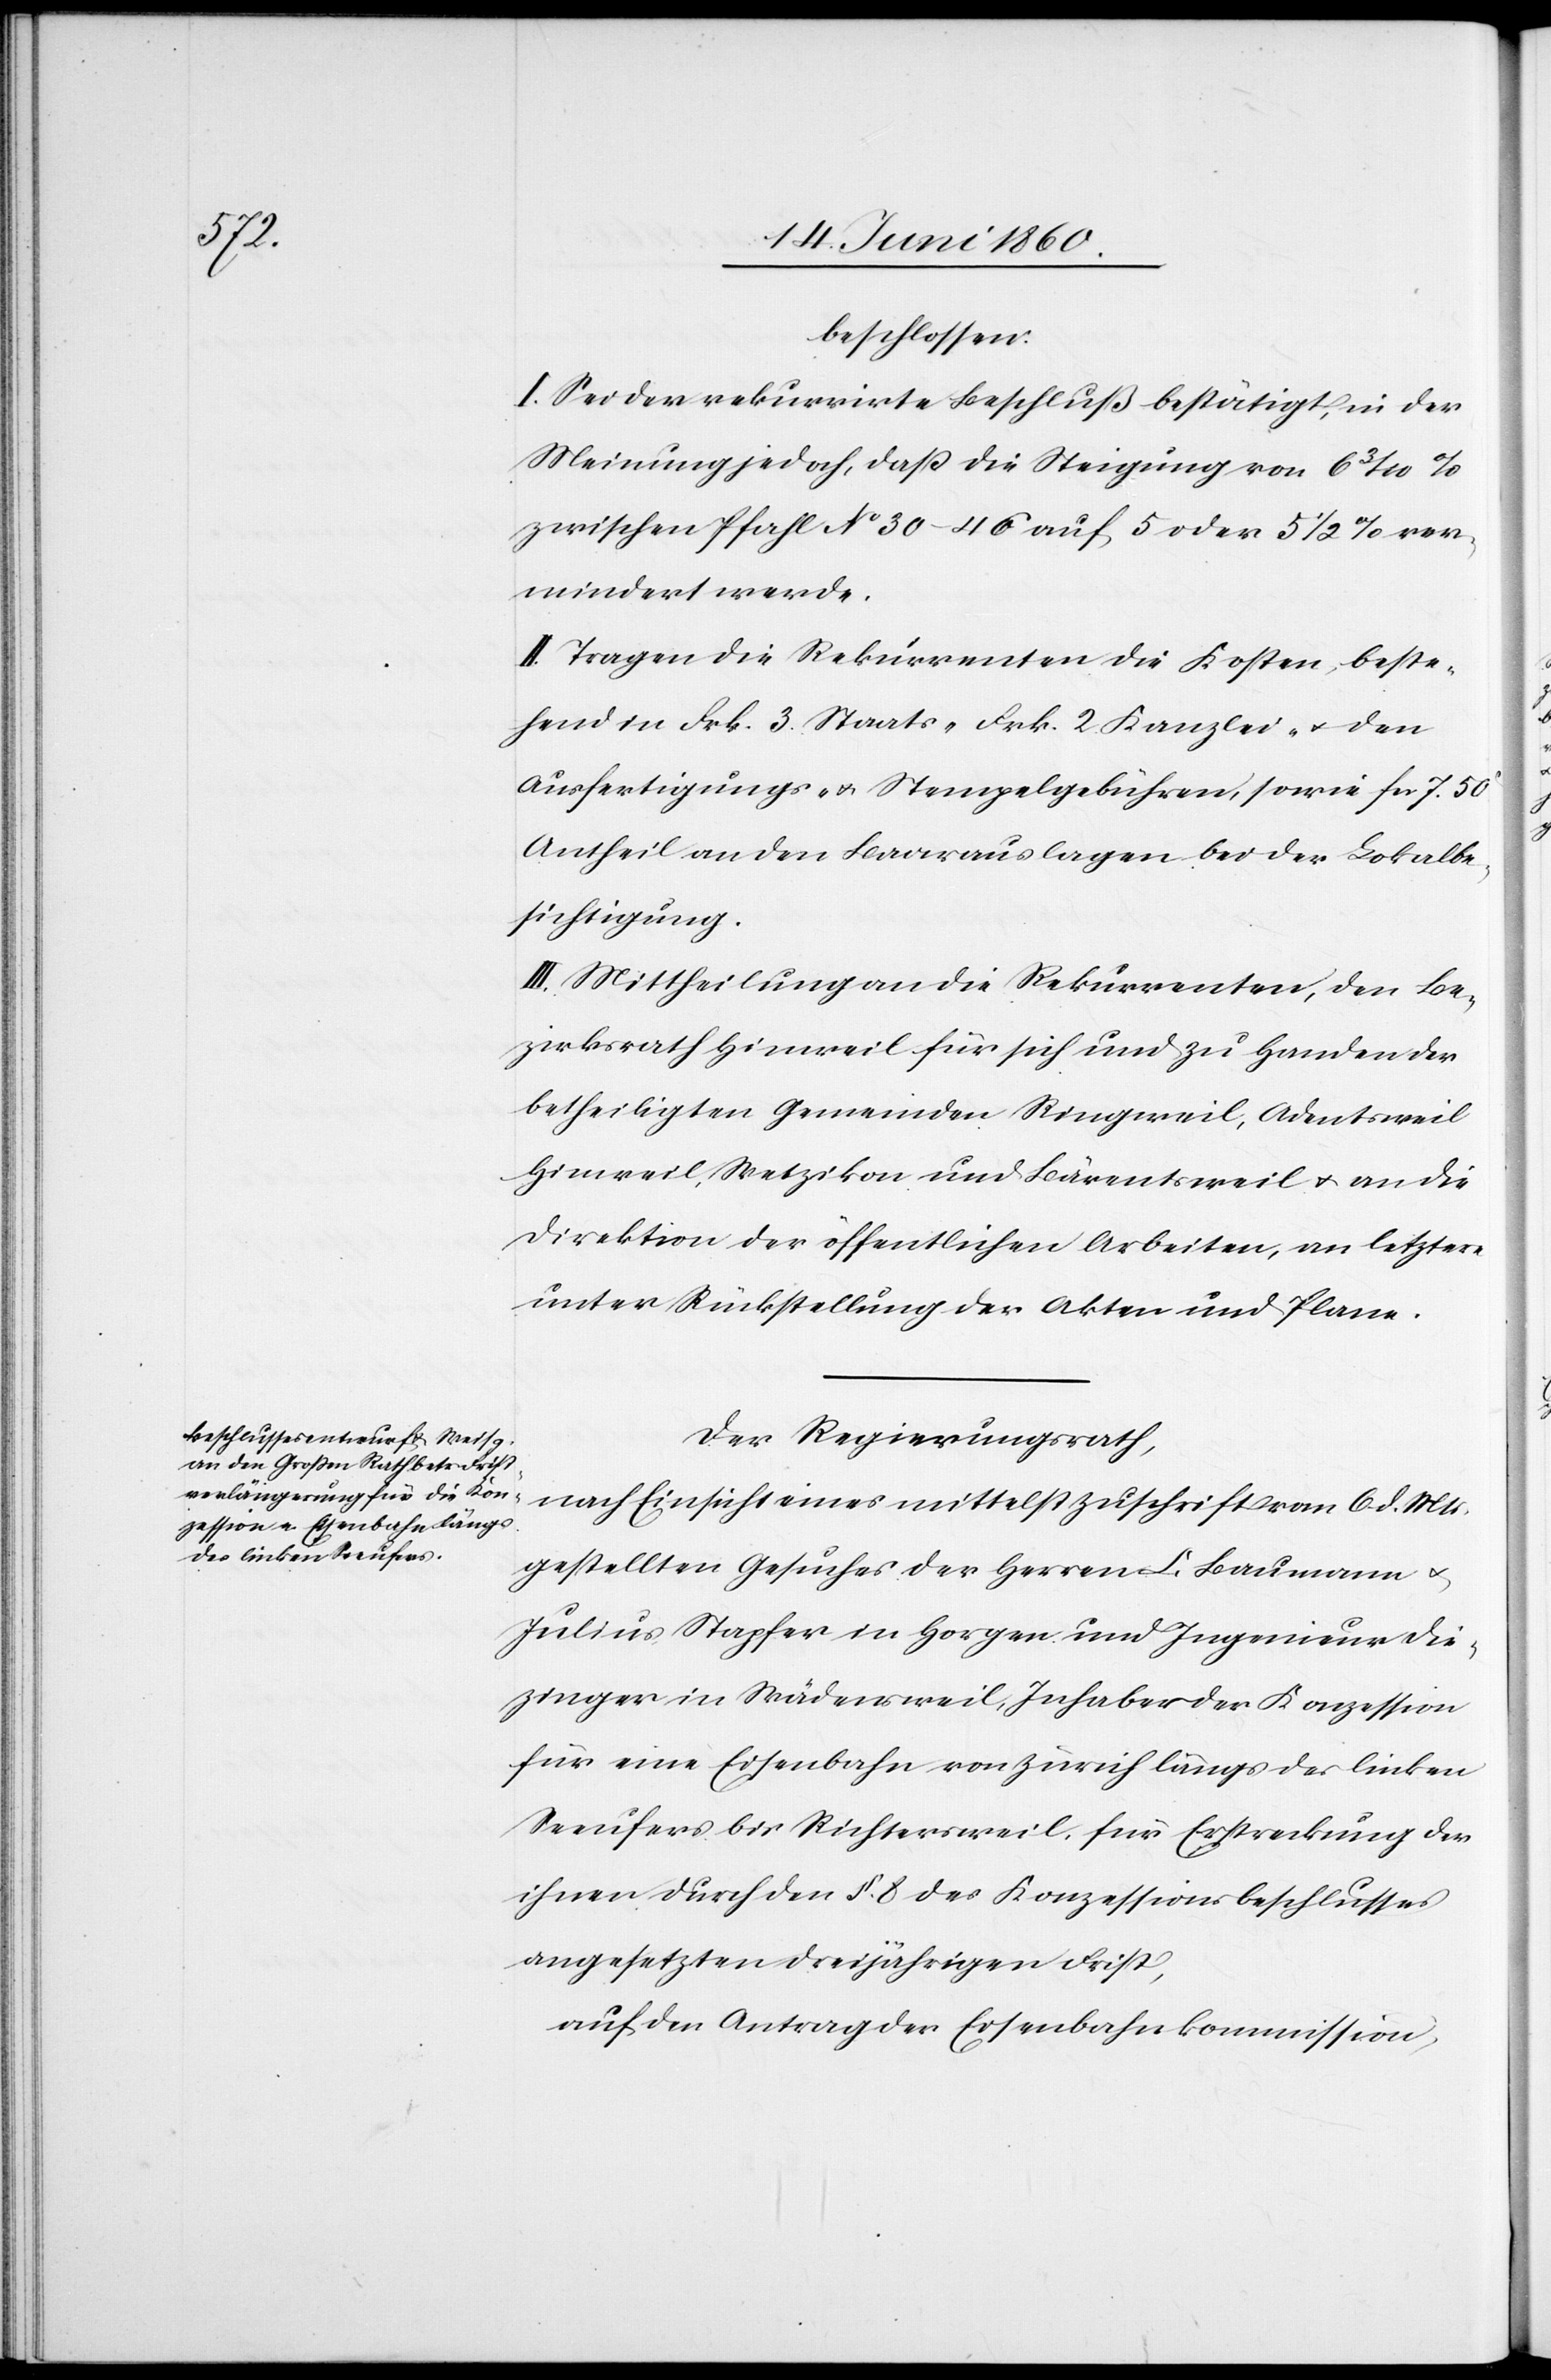
beschlossen:
I. Sei der rekurrirte Beschluß bestätigt, in der
Meinung jedoch, daß die Steigung von 6 3/10%
zwischen Pfahl No 30–46 auf 5 oder 5 1/2% ver¬
mindert werde.
II. Tragen die Rekurrenten die Kosten, beste¬
hend in Frk. 3. Staats- Frk. 2. Kanzlei- u. den
Ausfertigungs- u. Stempelgebühren, sowie fcs. 7. 50C
Antheil an den Baarauslagen bei der Lokalbe¬
sichtigung.
III. Mittheilung an die Rekurrenten, den Be¬
zirksrath Hinweil für sich und zu Handen der
betheiligten Gemeinden Ringweil, Adentsweil,
Hinweil, Wetzikon und Bärentsweil u. an die
Direktion der öffentlichen Arbeiten, an letztern
unter Rückstellung der Akten und Plane.
Der Regierungsrath,
gestellten Gesuches der Herren L. Baumann u.
Julius Stapfer in Horgen und Ingenieur Die¬
zinger in Wädensweil, Inhaber der Konzession
für eine Eisenbahn von Zürich längs des linken
Seeufers bis Richtersweil, für Erstreckung der
ihnen durch den §. 8 des Konzessionsbeschlusses
angesetzten dreijährigen Frist,
auf den Antrag der Eisenbahnkommission,